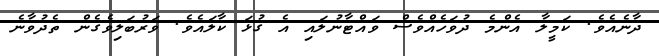
ދާނެއެވެ. ކަމީލާ އެންމެ ދުވަހެއްވެސް ވައްޓާނުލައި އެ ގުޅަ ކާލައެވެ. ވަރުބަލިވެގެން ތެދުވާނެ